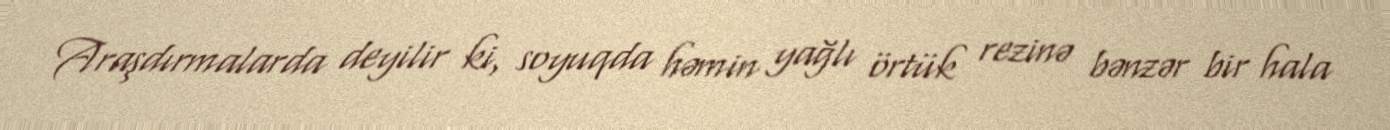
Araşdırmalarda deyilir ki, soyuqda həmin yağlı örtük rezinə bənzər bir hala